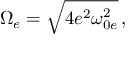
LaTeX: \Omega _ { e } = \sqrt { 4 e ^ { 2 } \omega _ { 0 e } ^ { 2 } } \, ,